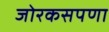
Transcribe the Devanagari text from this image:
जोरकसपणा